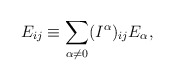
\begin{align*}E_{ij} \equiv \sum_{\alpha \neq 0} (I^\alpha)_{ij} E_{\alpha},\end{align*}